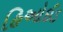
હિઓઈડ